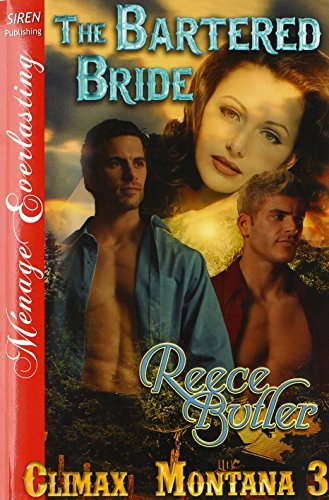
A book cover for The Bartered Bride [Climax, Montana 3] (Siren Publishing Menage Everlasting); Reece Butler; Romance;